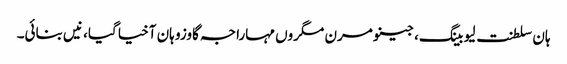
ہان سلطنت لیو بینگ، جینو مرن مگروں مہاراجہ گاوزو ہان آخیا گیا، نیں بنائی۔